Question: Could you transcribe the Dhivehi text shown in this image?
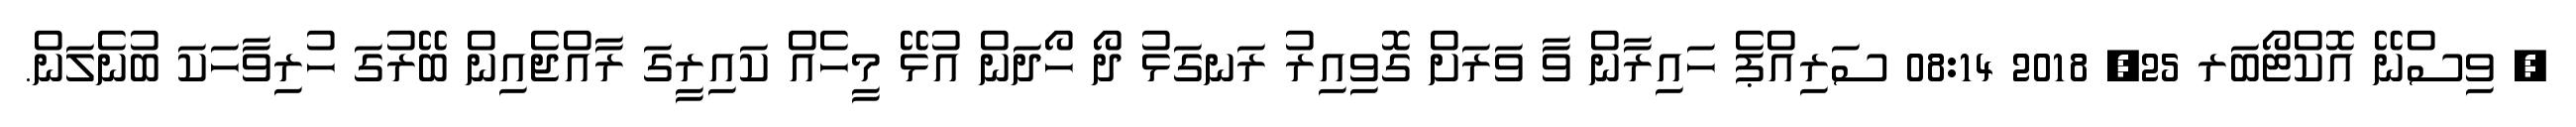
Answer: ? ވިސްނޭ އޮކްޓޯބަރ 25, 2018 08:14 ސަރިއްޕެ ހައިރާން ވާ ވަރަށް ގޮވިއިރު ރަނގަޅު ދޯ ހޯދަން އުޅޭ މީހެއް ކައިރީގަ ރާއްޖެއިން ބޭރުގަ ހުރިވާހަކަ ބުނެލަން.